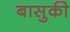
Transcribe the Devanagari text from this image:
बासुकी